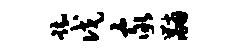
踟戊家黼